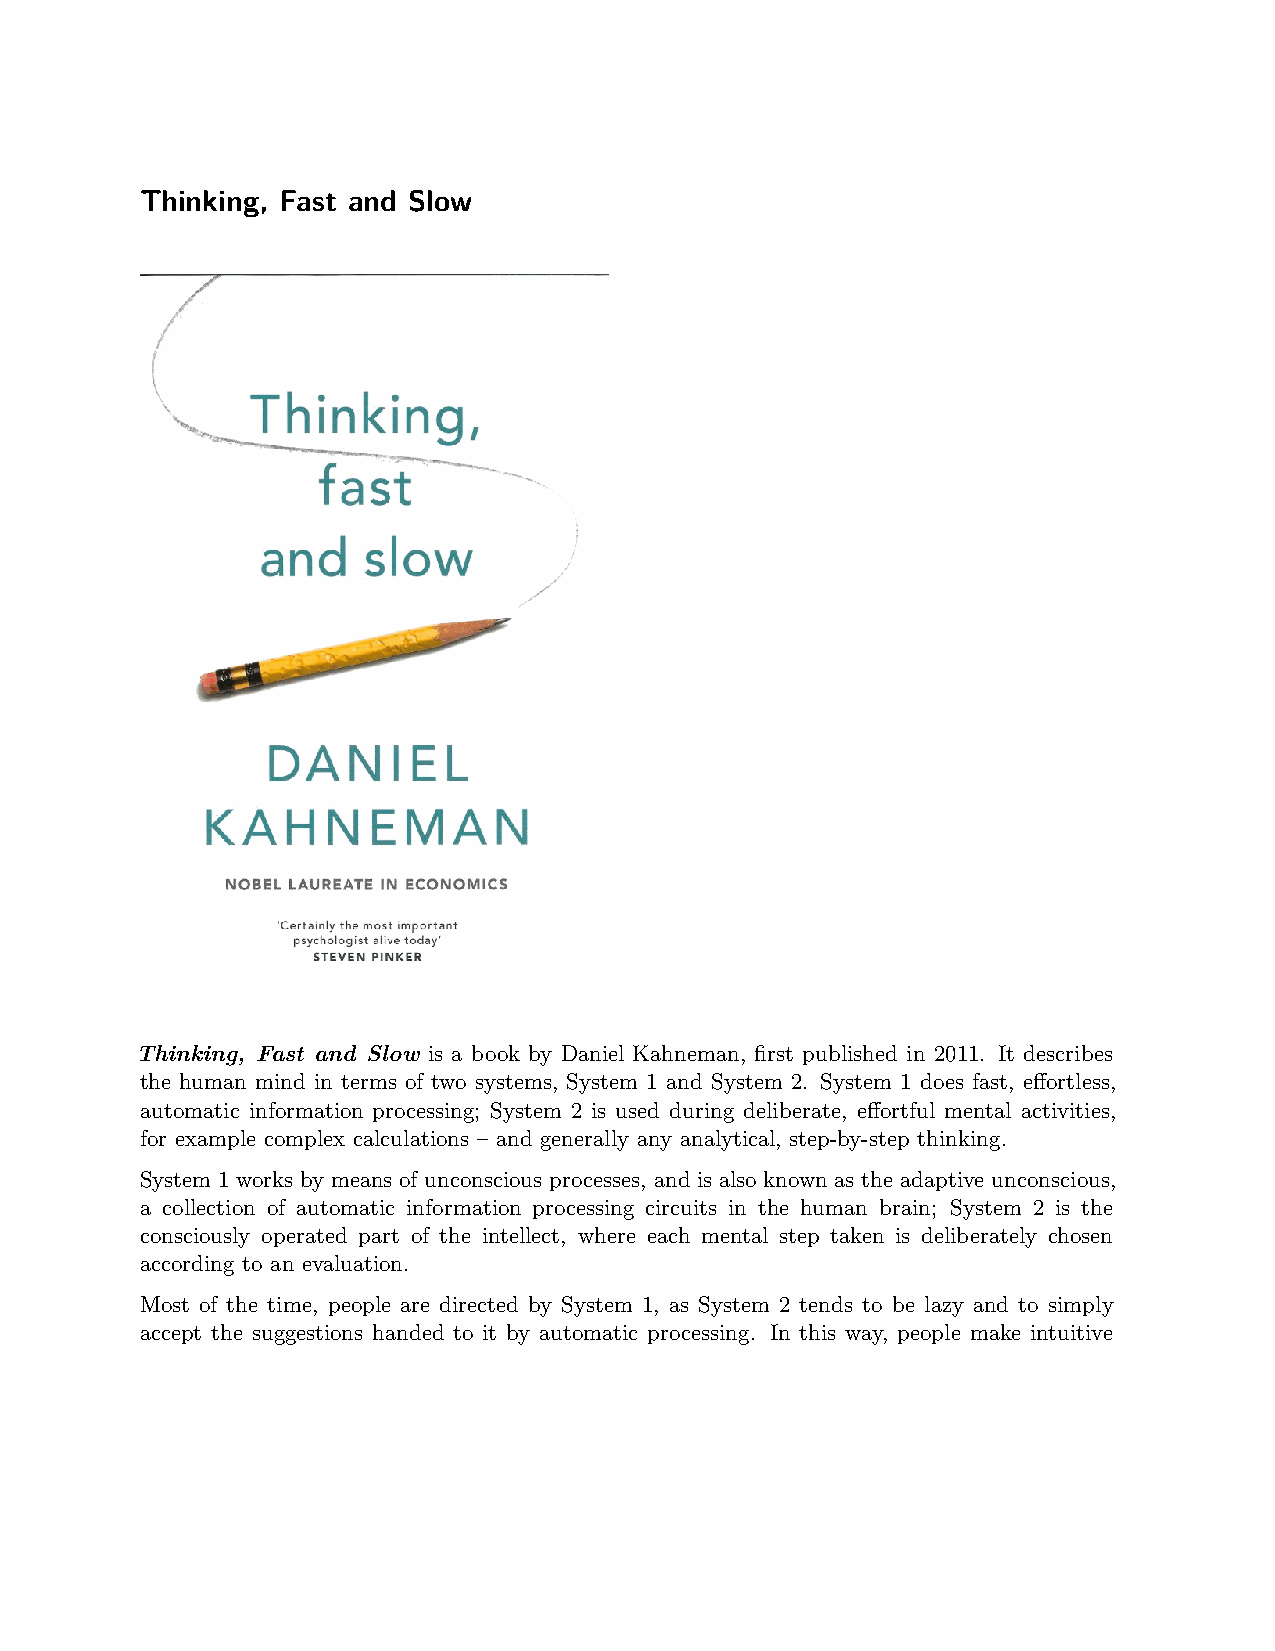
Thinking, Fast and Slow
 Thinking, Fast and Slow is a book by Daniel Kahneman, first published in 2011. It describes
 the human mind in terms of two systems, System 1 and System 2. System 1 does fast, effortless,
 automatic information processing; System 2 is used during deliberate, effortful mental activities,
 for example complex calculations – and generally any analytical, step-by-step thinking.
 System 1 works by means of unconscious processes, and is also known as the adaptive unconscious,
 a collection of automatic information processing circuits in the human brain; System 2 is the
 consciously operated part of the intellect, where each mental step taken is deliberately chosen
 according to an evaluation.
 Most of the time, people are directed by System 1, as System 2 tends to be lazy and to simply
 accept the suggestions handed to it by automatic processing. In this way, people make intuitive